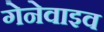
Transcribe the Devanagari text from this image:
गेनेवाइव